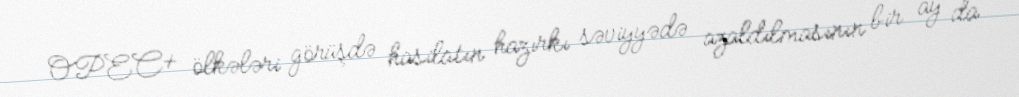
OPEC+ ölkələri görüşdə hasilatın hazırkı səviyyədə azaldılmasının bir ay da